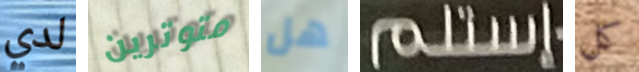
لدي متوترين هل إستلم كل